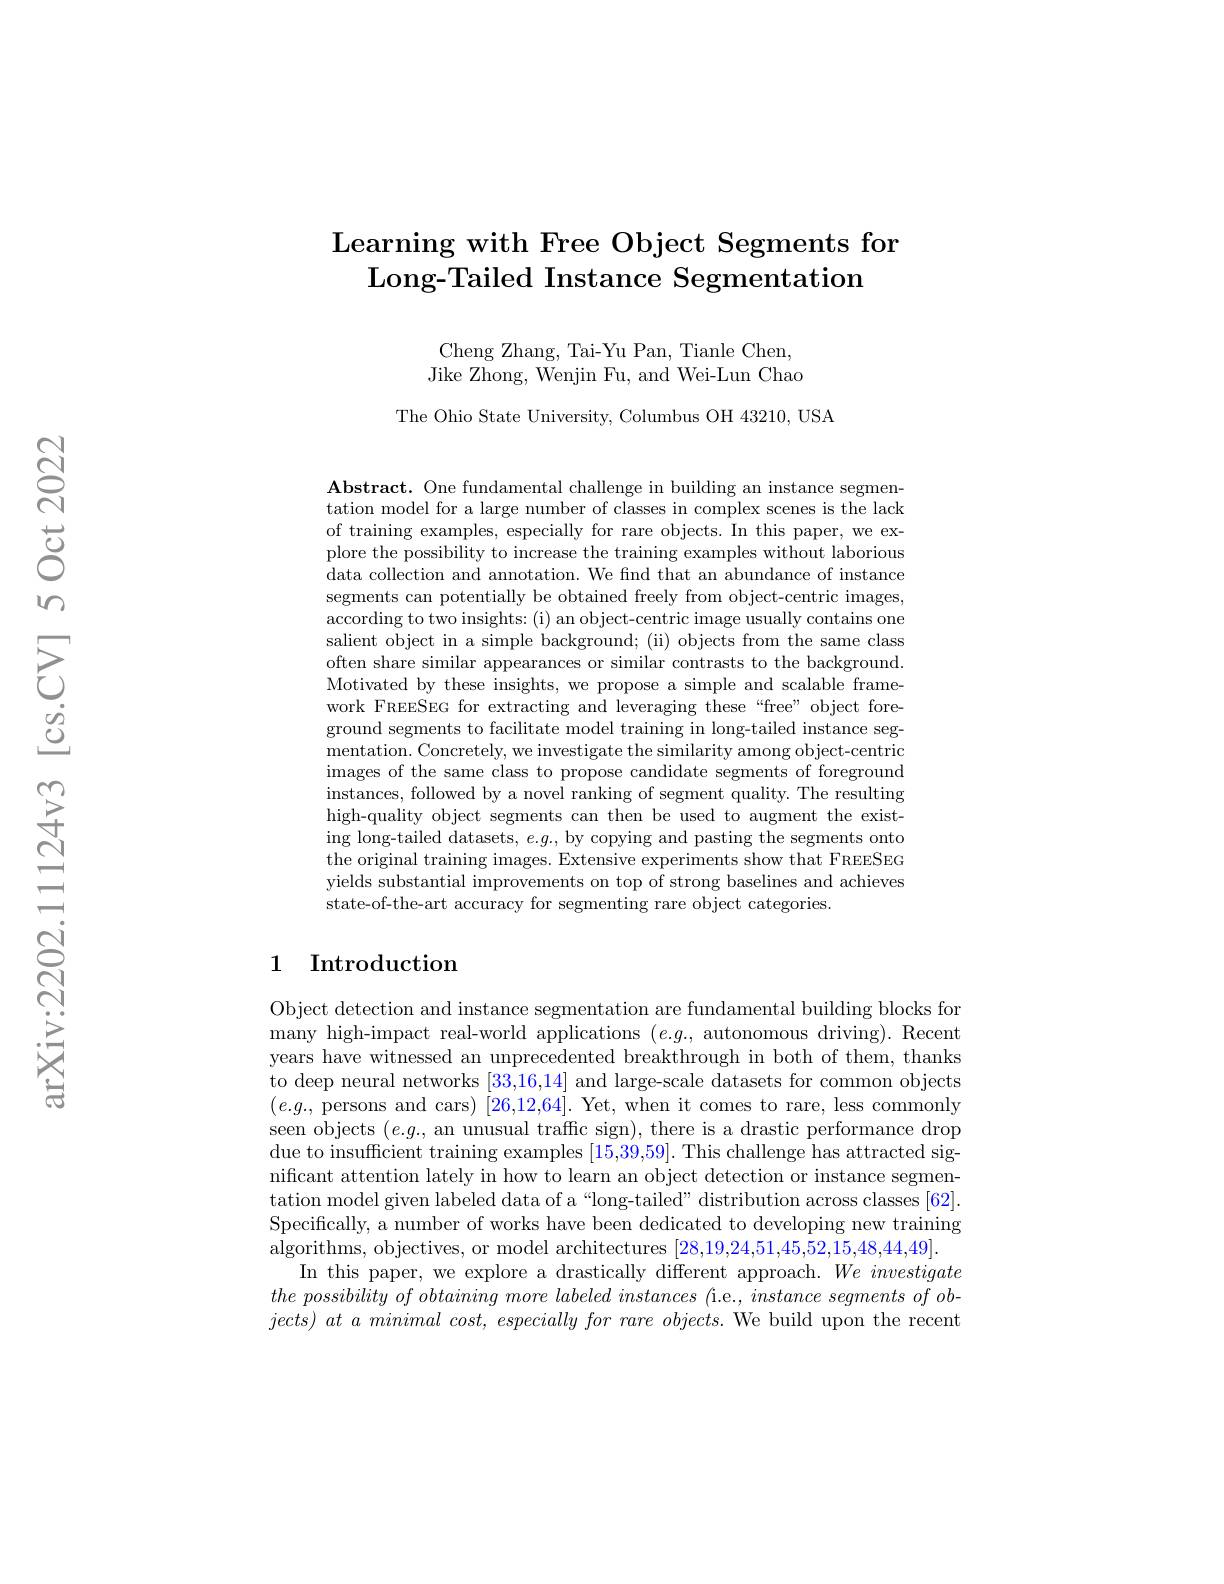
# Learning with Free Object Segments for $\textbf{Long- Tailed Instance Segmentation}$

Cheng Zhang, Tai-Yu Pan, Tianle Chen, Jike Zhong, Wenjin Fu, and Wei-Lun Chao

The Ohio State University, Columbus OH 43210, USA

Abstract. One fundamental challenge in building an instance segmentation model for a large number of classes in complex scenes is the lack of training examples, especially for rare objects. In this paper, we explore the possibility to increase the training examples without laborious data collection and annotation. We find that an abundance of instance segments can potentially be obtained freely from object-centric images, according to two insights: (i) an object-centric image usually contains one salient object in a simple background; (ii) objects from the same class often share similar appearances or similar contrasts to the background. Motivated by these insights, we propose a simple and scalable framework FREESEG for extracting and leveraging these“free” object foreground segments to facilitate model training in long-tailed instance segmentation. Concretely, we investigate the similarity among object-centric images of the same class to propose candidate segments of foreground instances, followed by a novel ranking of segment quality. The resulting high-quality object segments can then be used to augment the existing long-tailed datasets, $e.g.$, by copying and pasting the segments onto the original training images. Extensive experiments show that FREESEG yields substantial improvements on top of strong baselines and achieves state-of-the-art accuracy for segmenting rare object categories.

## 1 Introduction

Object detection and instance segmentation are fundamental building blocks for many high-impact real-world applications $(e.g.$, autonomous driving). Recent years have witnessed an unprecedented breakthrough in both of them, thanks to deep neural networks [33,16,14] and large-scale datasets for common objects $(e.g.$, persons and cars) [26,12,64]. Yet, when it comes to rare, less commonly seen objects $(e.g.$, an unusual traffic sign), there is a drastic performance drop due to insufficient training examples [15,39,59]. This challenge has attracted significant attention lately in how to learn an object detection or instance segmentation model given labeled data of a“long-tailed” distribution across classes [62]. Specifically, a number of works have been dedicated to developing new training algorithms, objectives, or model architectures [28,19,24,51,45,52,15,48,44,49].
In this paper, we explore a drastically different approach. $We\textit{investigate}$ $the\textit{ possibility of obtaining more labeled instances ( i. e. , instance segments of ob- }$ $jects) \textit{ at a minimal cost, especially for rare objects. We build upon the recent}$